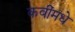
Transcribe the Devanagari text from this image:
कवींमधे